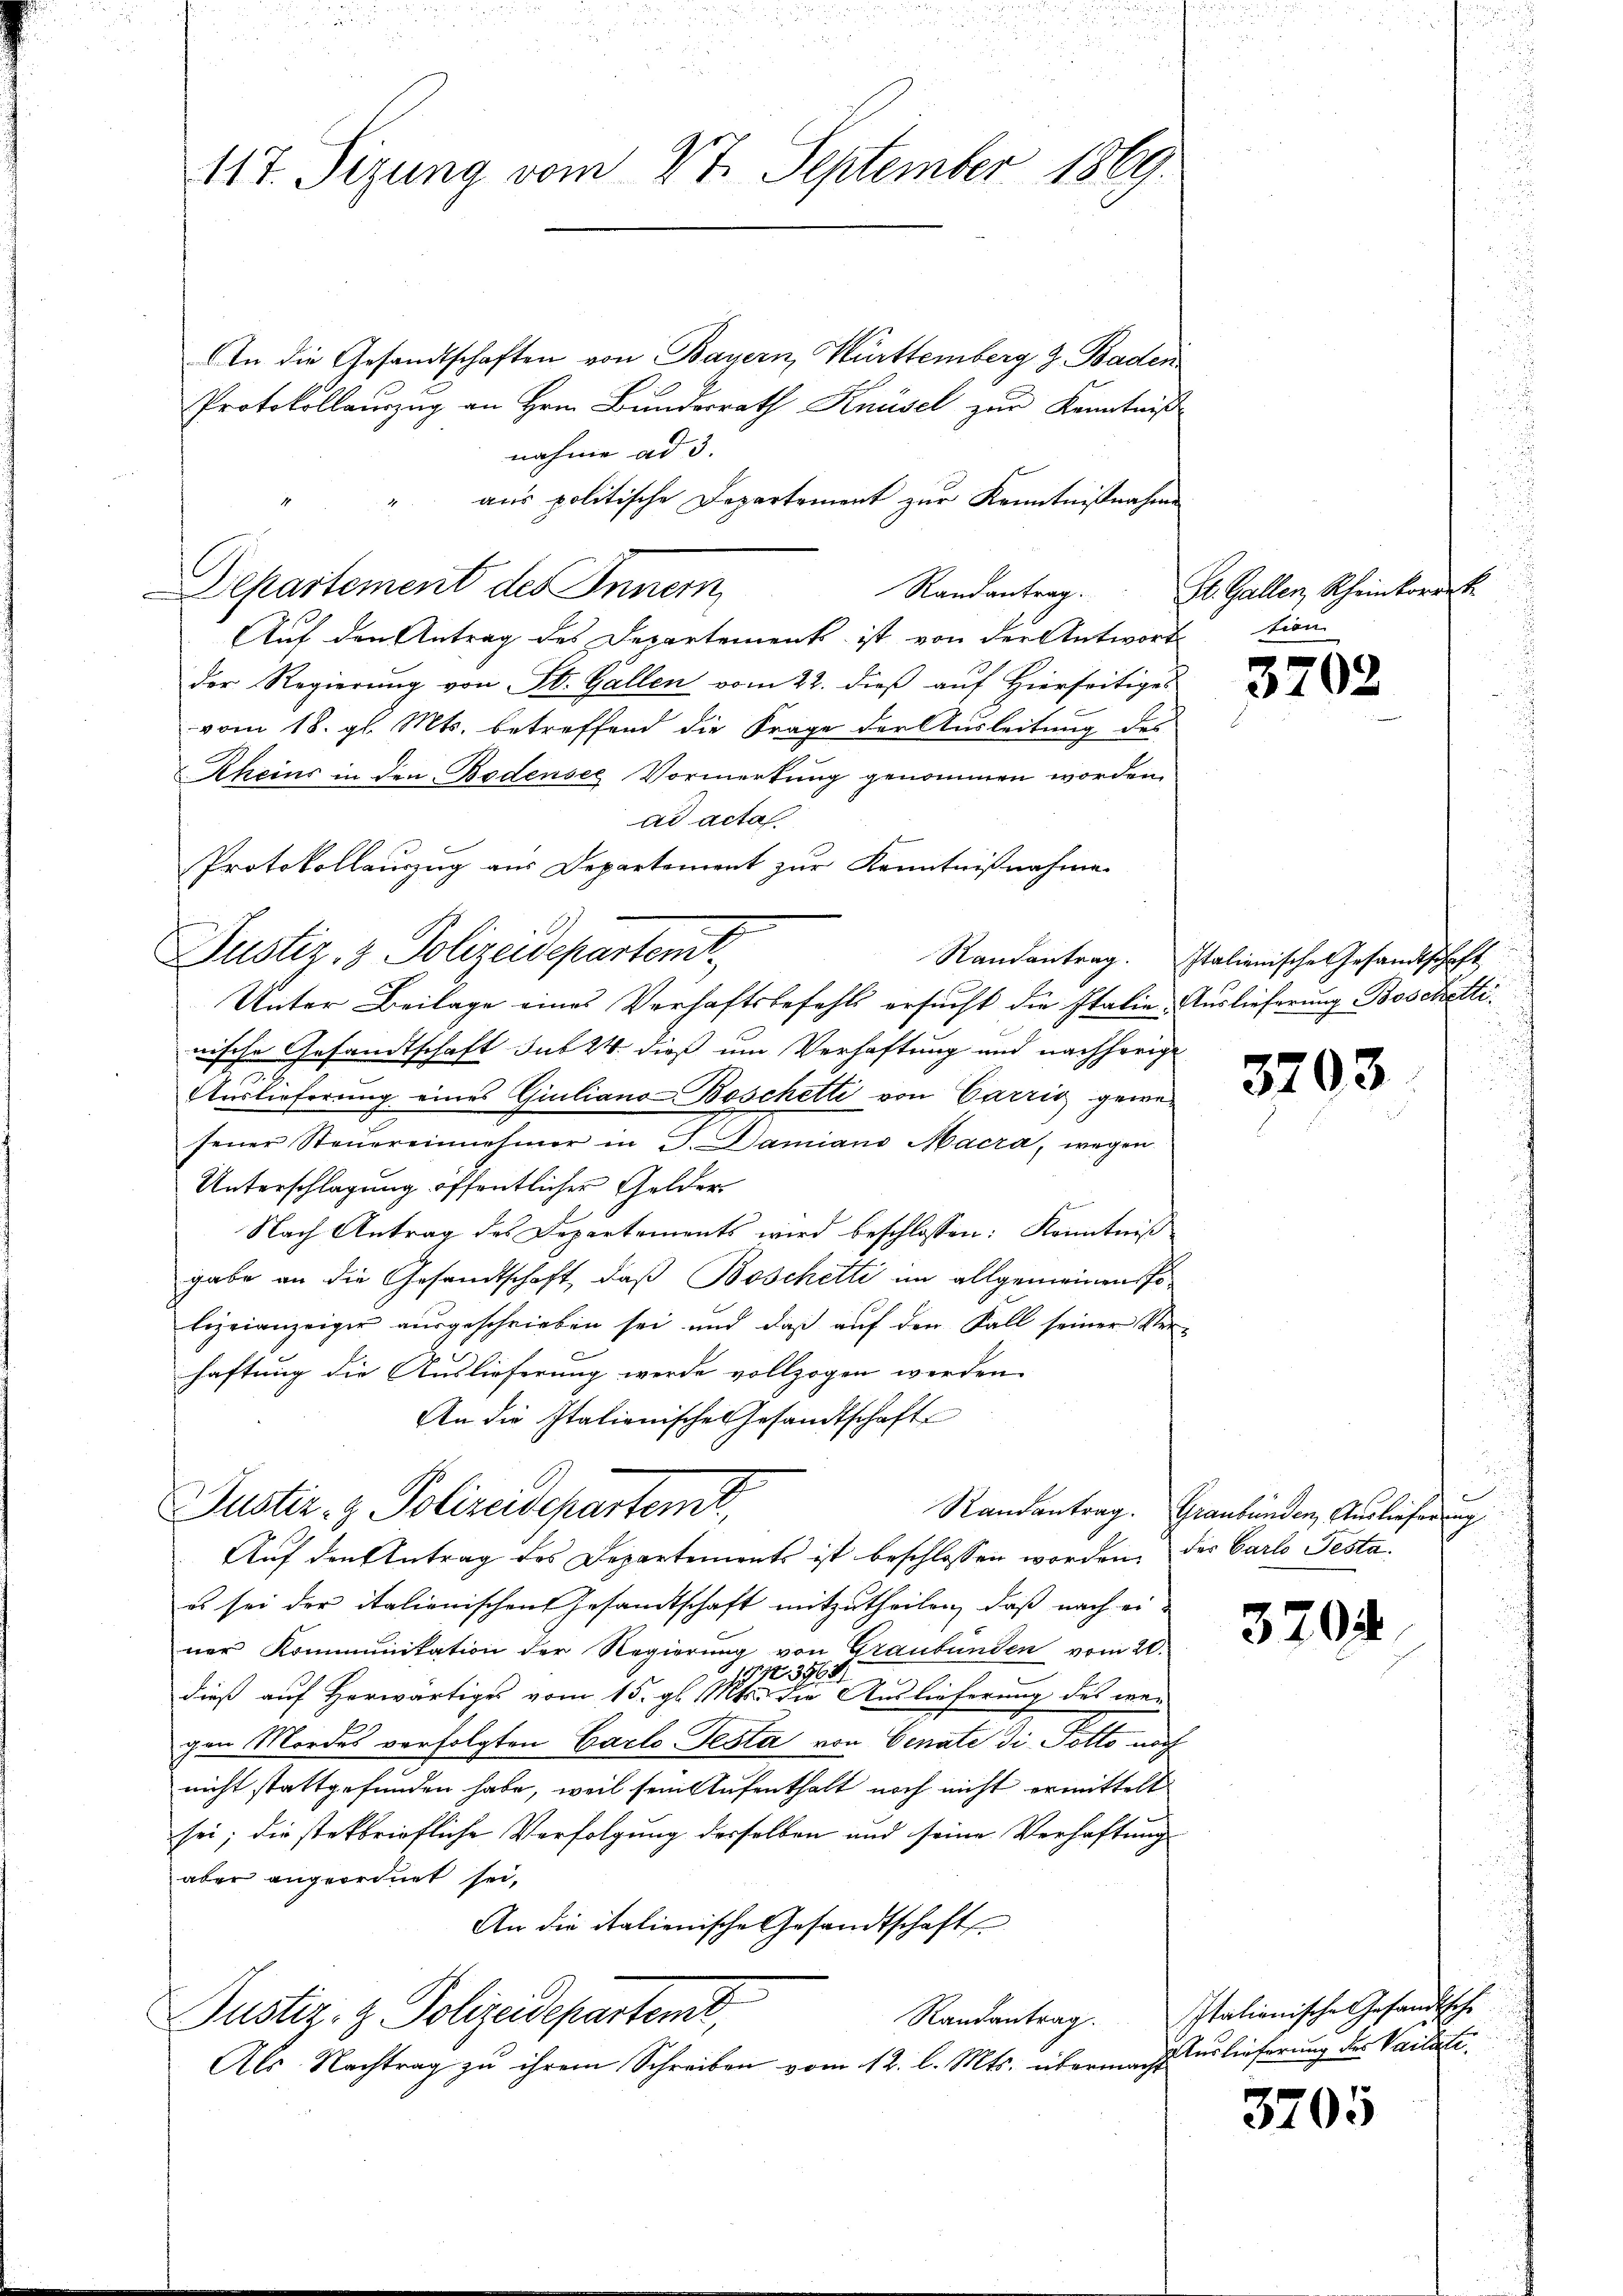
117. Sizung vom 27. September 1869.

An die Gesandtschaften von Bayern, Württemberg z. Baden
Protokollauszug an Hrn. Bundesrath Knüsel zur Kenntniß
nahme ad 3.
" aus politische Departement zur Kenntnißnahme
Departement des Innern
Randantrag.
Auf den Antrag des Departements ist von der Antwort
der Regierung von St. Gallen vom 22. dieß auf Hierseitiges
vom 18. gl. Mts. betreffend die Frage der Ausleitung des
Rheins in den Bodensee Vormerkung genommen worden.
ad acta.
Protokollauszug aus Departement zur Kenntnißnahme
Justiz- & Polizeidepartem
Unter Beilage eines Verhaftsbefehls ersucht die Italie Auslieferung Boschettinische Gesandtschaft sub 24 dieß um Verhaftung und nachhörige
n
Auslieferung eines Giuliano Boschetti von Carris gewesener Steŭereinnehmer in J. Damiano Macra, wegen
Unterschlagung öffentlicher Gelder
Nach Antrag des Departements wird beschlossen: Kenntniß
gabe an die Gesandtschaft, daß Boschetti im allgemeinen Polizeianzeiger aŭsgeschrieben sei und daβ aŭf den Fall seiner Ver-
haftung die Auslieferung werde vollzogen werden.
An die Italienische Gesandtschaft
Justiz- & Polizeidepartemt,
Randantrag. Graubünden, Auslieferung
Auf den Antrag des Departements ist beschlossen worden, des Carlo Testaes sei der italienischen Gesandtschaft mitzutheilen, daß nach ei-
ner Kommunikation der Regierung von Graubünden vom 20.
194. 3964
dieß auf Herwärtiges vom 15. gl. Mts. die Auslieferung des war
gen Mordes verfolgten Carlo Testa von Senate di Potto noch
nicht stattgefunden habe, weil sein Aufenthalt noch nicht ermittelt
sei; die steckbriefliche Verfolgung desselben und seine Verhaftung
aber angeordnet sei.
An die italienische Gesandtschaft
Justiz- & Polizeidepartemt,
Als Nachtrag zu ihrem Schreiben vom 12. l. Mts. übermacht

2

St. Gallen, Scheinkorrek
tion

3702

Randantrag. Italienische Gesandtschaft

3703

3204

Randantrag. Italienische Gesandtsche
Auslieferung des Vailate.

3705